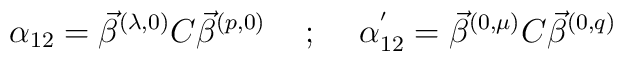
\alpha_{12} = \vec\beta^{(\lambda , 0)} C \vec\beta^{(p ,0)}\hspace{5mm};\hspace{5mm}\alpha_{12}^{'} = \vec\beta^{(0 , \mu)} C\vec\beta^{(0 , q)}